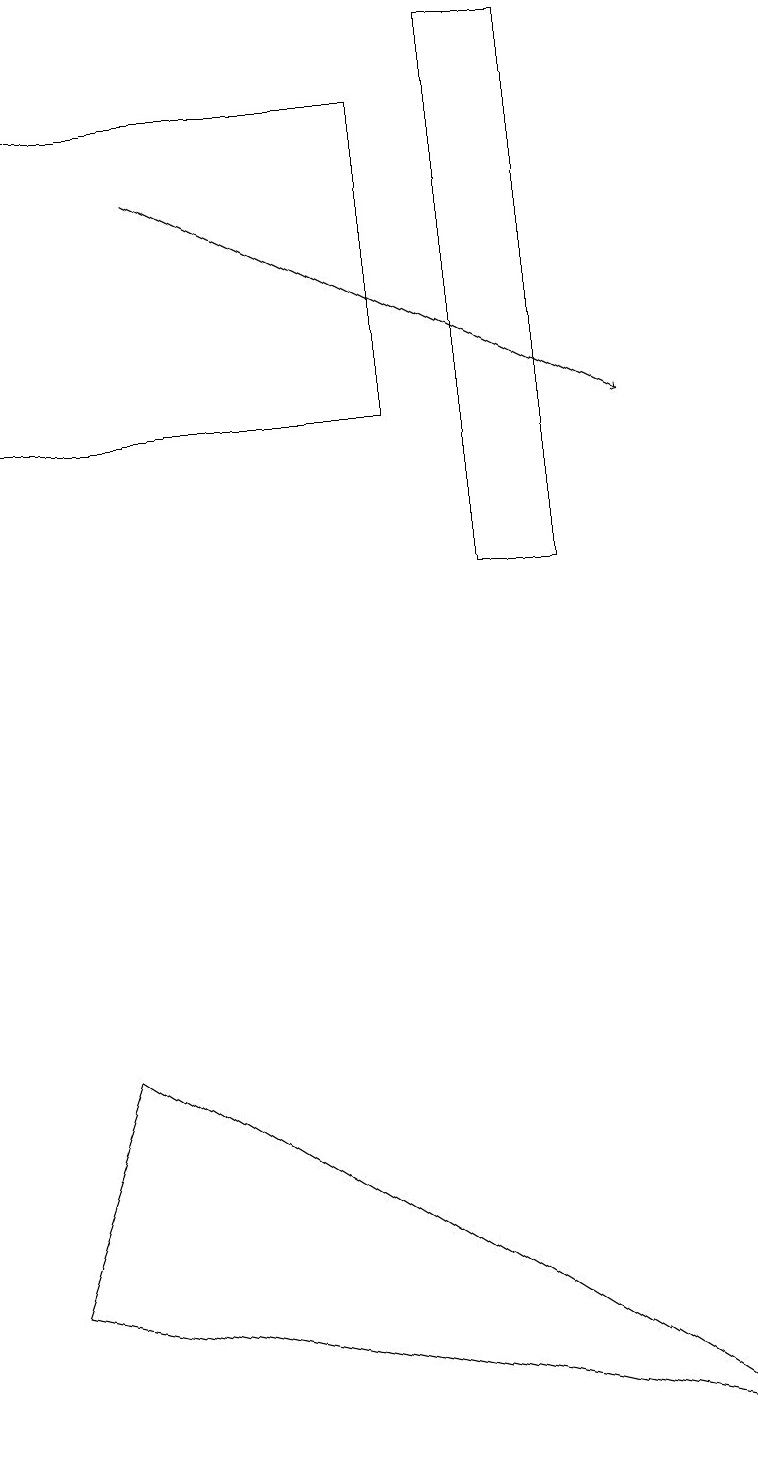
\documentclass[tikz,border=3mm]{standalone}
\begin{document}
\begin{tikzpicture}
\draw (7,11) rectangle (6,18);
\draw[->] (2,16) -- (8,13);
\draw (0,2) -- (1,5) -- (9,0) -- cycle;
\draw (0,13) rectangle (5,17);
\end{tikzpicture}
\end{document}